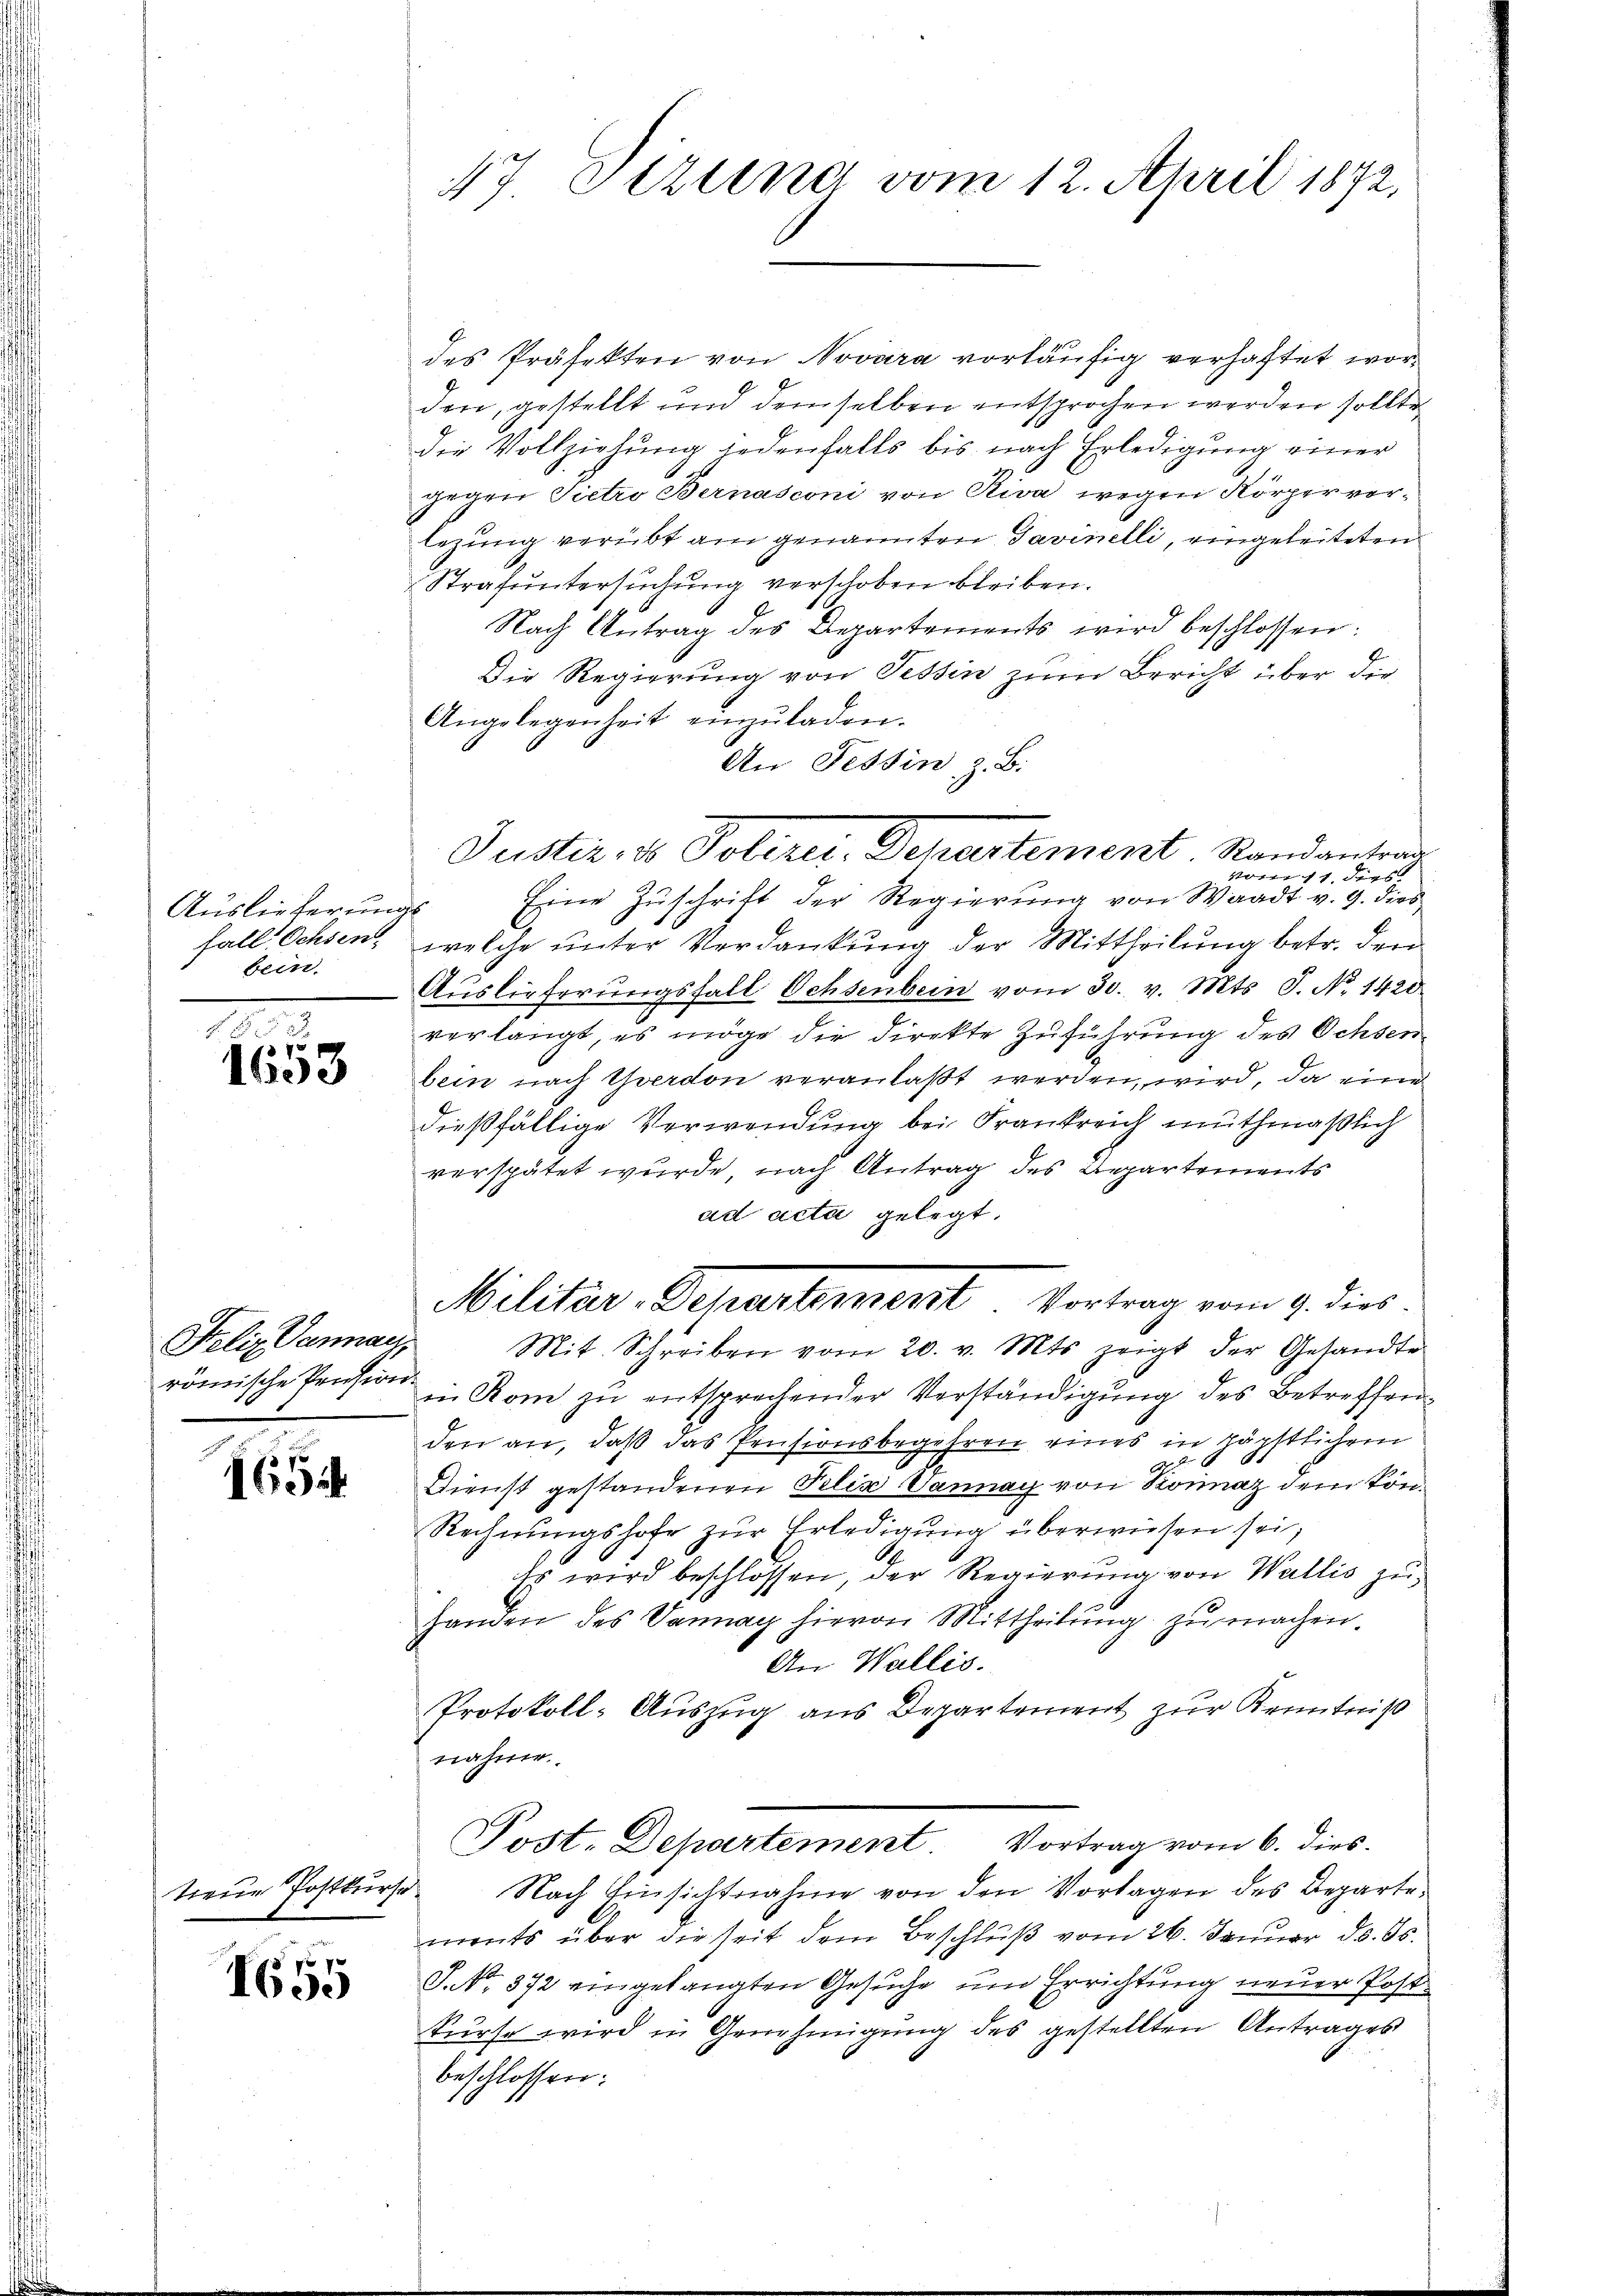
Auslieferungs
bein.

18.
7
1603

Felix Danach,

165.

tene Postkurse

1655

47 Stzung vom 12. April 1872.

des Präfekten von Novara vorläufig verhaftet worden, gestellt und demselben entsprochen werden sollte,
die Vollziehung jedenfalls bis nach Erledigung einer
gegen Pietro Bernasconi von Riva wegen Körperverlezung verübt am genannten Savinelli, eingeleiteten
Strafuntersuchung verschoben bleiben.
Nach Antrag des Departements wird beschlossen:
Die Regierung von Tessin zum Bericht über die
Angelegenheit einzuladen.
An Tessin, z. B.
vom 17. dies
Eine Zŭschrift der Regierŭng von Waadt v. 9. dies
fall Ochsen, welche unter Verdankung der Mittheilung betr. den
Aŭslieferŭngsfall Ochsenbein vom 30. v. Mts. S. No. 1420
verlangt, es möge die direkte Zuführung des Ochsen-
bein nach Yverdon veranlaßt werden, wird, da eine
dießfällige Verwendung bei Frankreich muthmaßlich
verspätet wurde, nach Antrag des Departements
ad acta gelegt.
Militar-Departement Vortrag vom 9. dies
Mit. Schreiben vom 20. v. Mts. zeigt der Gesandte
römische Pension in Rom zu entsprechender Verständigung des Betreffen
den an, daß das Pensionsbegehren eines in päpstlichem
26
Dienst gestandenen Felix Vannay von Sonnaz dem kön¬
Rechnŭngshofe zŭr Erledigŭng überwiesen sei,
Es wird beschlossen, der Regierŭng von Wallis zŭ
Handen des Vannay hievon Mittheilŭng zŭ machen.
An Wallis.
Protokoll-Auszug aus Departement zur Kenntniß
nahme
Post. Departement. Vortrag vom 6. dies
Nach Einsichtnahme von den Vorlagen des Departements über die seit dem Beschlŭβ vom 26. Januar d. 85.
S. Nr. 372 eingelangten Gesuche um Errichtung neuer Post
kurse wird in Genehmigung des gestellten Antrages
beschlossen:

Juster, ds Polizei-Departement. Randantrag